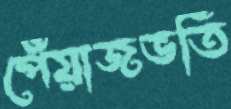
পেঁয়াজভর্তি